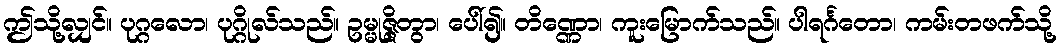
ဤသို့လျှင်။ ပုဂ္ဂလော၊ ပုဂ္ဂိုလ်သည်။ ဥမ္မုဇ္ဇိတွာ၊ ပေါ်၍။ တိဏ္ဏော၊ ကူးမြောက်သည်။ ပါရင်္ဂတော၊ ကမ်းတဖက်သို့